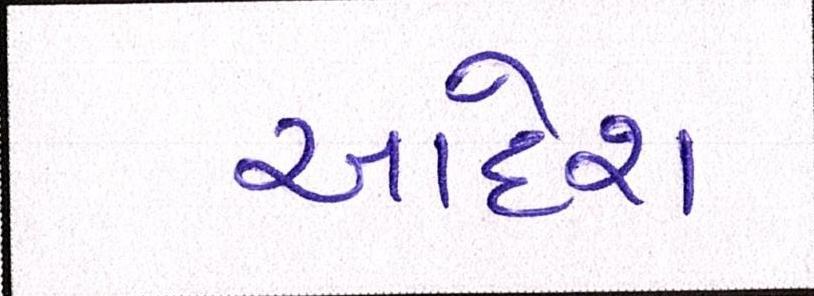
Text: આદેશ